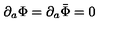
\partial _ { a } \Phi = \partial _ { a } \bar { \Phi } = 0